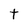
Character: t